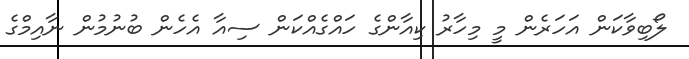
ލޯބިވާކަން އަހަރެން މީ މިހާރު ކިއާންގެ ހައްގެއްކަން ސިއާ އެހެން ބުނުމުން ނާއިމްގެ